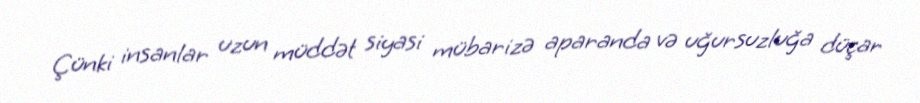
Çünki insanlar uzun müddət siyasi mübarizə aparanda və uğursuzluğa düçar